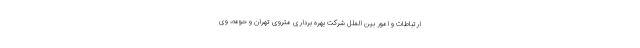
ارتباطات و امور بین الملل شرکت بهره برداری متروی تهران و حومه، وی